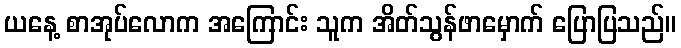
ယနေ့ စာအုပ်လောက အကြောင်း သူက အိတ်သွန်ဖာမှောက် ပြောပြသည်။